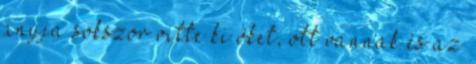
anyja sokszor vitte ki őket, ott vannak és az